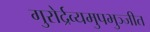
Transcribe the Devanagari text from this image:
गुरोर्द्रव्यमुपभुञ्जीत